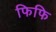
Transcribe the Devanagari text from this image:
फिफि